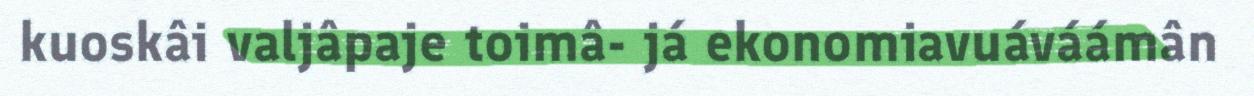
kuoskâi valjâpaje toimâ- já ekonomiavuáváámân